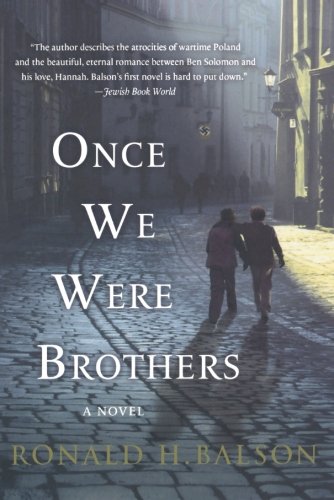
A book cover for Once We Were Brothers; Ronald H. Balson; Mystery, Thriller & Suspense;